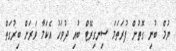
ޔުމް ބުނި ގޮތުން ފުރަތަމަ ސިނގިރޭޓް ބުއި ދުވަހު އެކަމާ ވަރަށް ބިރުގަތް